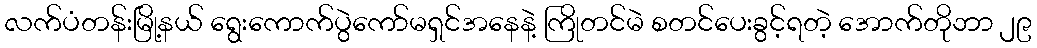
လက်ပံတန်းမြို့နယ် ရွေးကောက်ပွဲကော်မရှင်အနေနဲ့ ကြိုတင်မဲ စတင်ပေးခွင့်ရတဲ့ အောက်တိုဘာ ၂၉